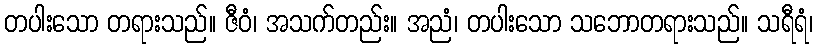
တပါးသော တရားသည်။ ဇီဝံ၊ အသက်တည်း။ အညံ၊ တပါးသော သဘောတရားသည်။ သရီရံ၊